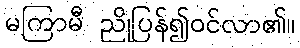
မကြာမီ ညိုပြန်၍ဝင်လာ၏။